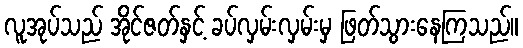
လူအုပ်သည် အိုင်ဇတ်နှင့် ခပ်လှမ်းလှမ်းမှ ဖြတ်သွားနေကြသည်။